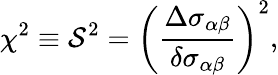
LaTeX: \chi^{2}\equiv{\cal S}^{2}=\left(\frac{\Delta\sigma_{\alpha\beta}}{\delta\sigma_{\alpha\beta}}\right)^{2},